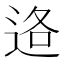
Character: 𮞑